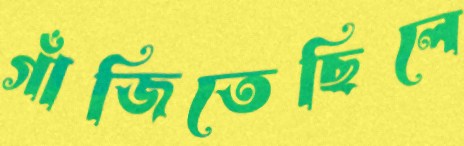
গাঁজিতেছিলে